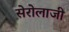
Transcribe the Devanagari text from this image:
सेरोलाजी